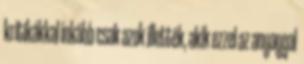
kritikákkal inkább csak azok illették, akik ezzel az anyaggal